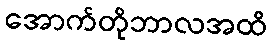
အောက်တိုဘာလအထိ